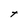
Character: t